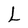
Character: L